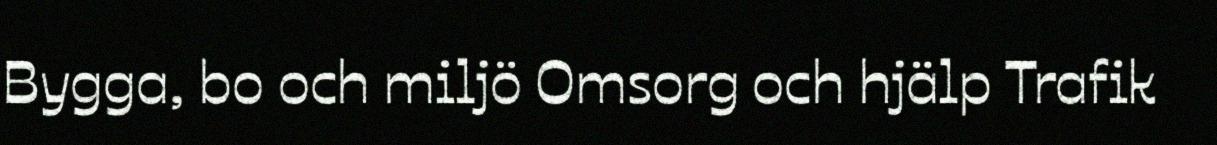
Bygga, bo och miljö Omsorg och hjälp Trafik